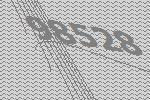
98528